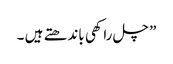
” چل راکھی باندھتے ہیں ۔